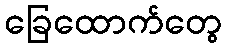
ခြေထောက်တွေ